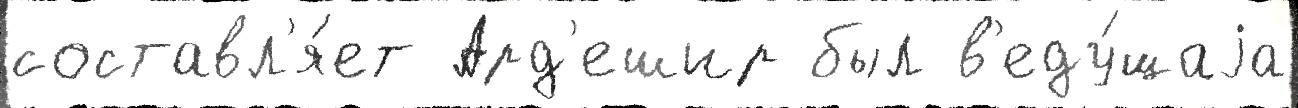
составл'я́ет Ард'ешир был в'еду́щаjа